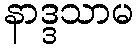
နာဒ္ဒသာမ